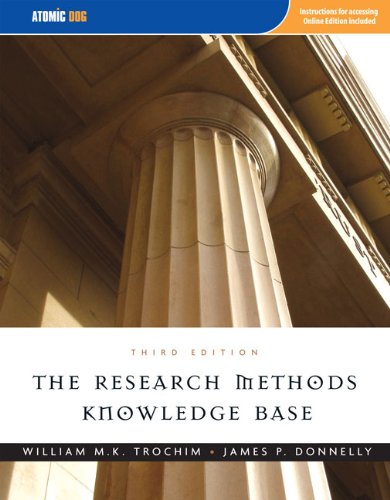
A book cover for The Research Methods Knowledge Base, 3rd Edition; William M. K. Trochim; Medical Books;